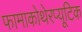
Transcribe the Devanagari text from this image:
फामाकोथेरप्यूटिक